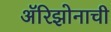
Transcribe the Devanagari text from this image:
अॅरिझोनाची